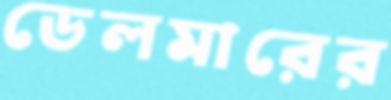
ডেলমারের